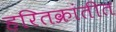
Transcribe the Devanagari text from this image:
हरितक्रांतीत